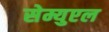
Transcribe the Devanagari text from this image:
सेम्युएल